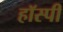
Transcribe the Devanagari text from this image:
हॉस्पी